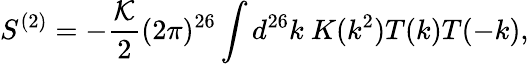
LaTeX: S^{(2)}=-\frac{\cal K}{2}(2\pi)^{26}\int d^{26}k~K(k^{2})T(k)T(-k),